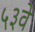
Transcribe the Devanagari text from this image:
५३वें